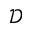
\mathcal { D }